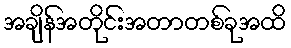
အချိန်အတိုင်းအတာတစ်ခုအထိ